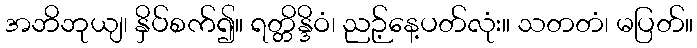
အဘိဘုယျ၊ နှိပ်စက်၍။ ရတ္တိန္ဒိဝံ၊ ညဉ့်နေ့ပတ်လုံး။ သတတံ၊ မပြတ်။